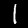
Label: 1